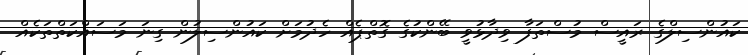
ކައުންސިލްގެ ރައީސް މުސްތަފާ ވިދާޅުވީ ބޭންކުގެ ގޮތްޕެއް ހެދުމަށް ކައުންސިލުން ގިނަ މަސައްކަތްތަކެއް